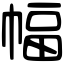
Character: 幅